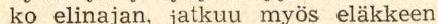
ko elinajan, jatkuu myös eläkkeen